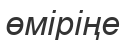
өміріңе